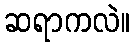
ဆရာကလဲ။